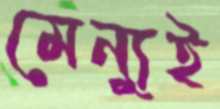
মেন্যুই